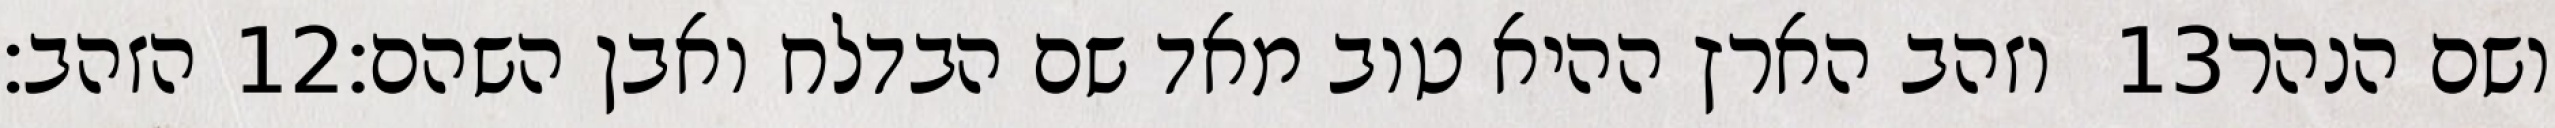
הזהב׃ ‎12‏ וזהב הארץ ההיא טוב מאד שם הבדלח ואבן השהם׃ ‎13‏ ושם הנהר